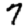
Digit: 7